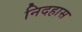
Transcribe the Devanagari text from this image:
निदहास